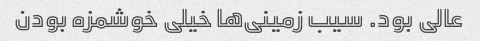
عالی بود. سیب زمینی‌ها خیلی خوشمزه بودن